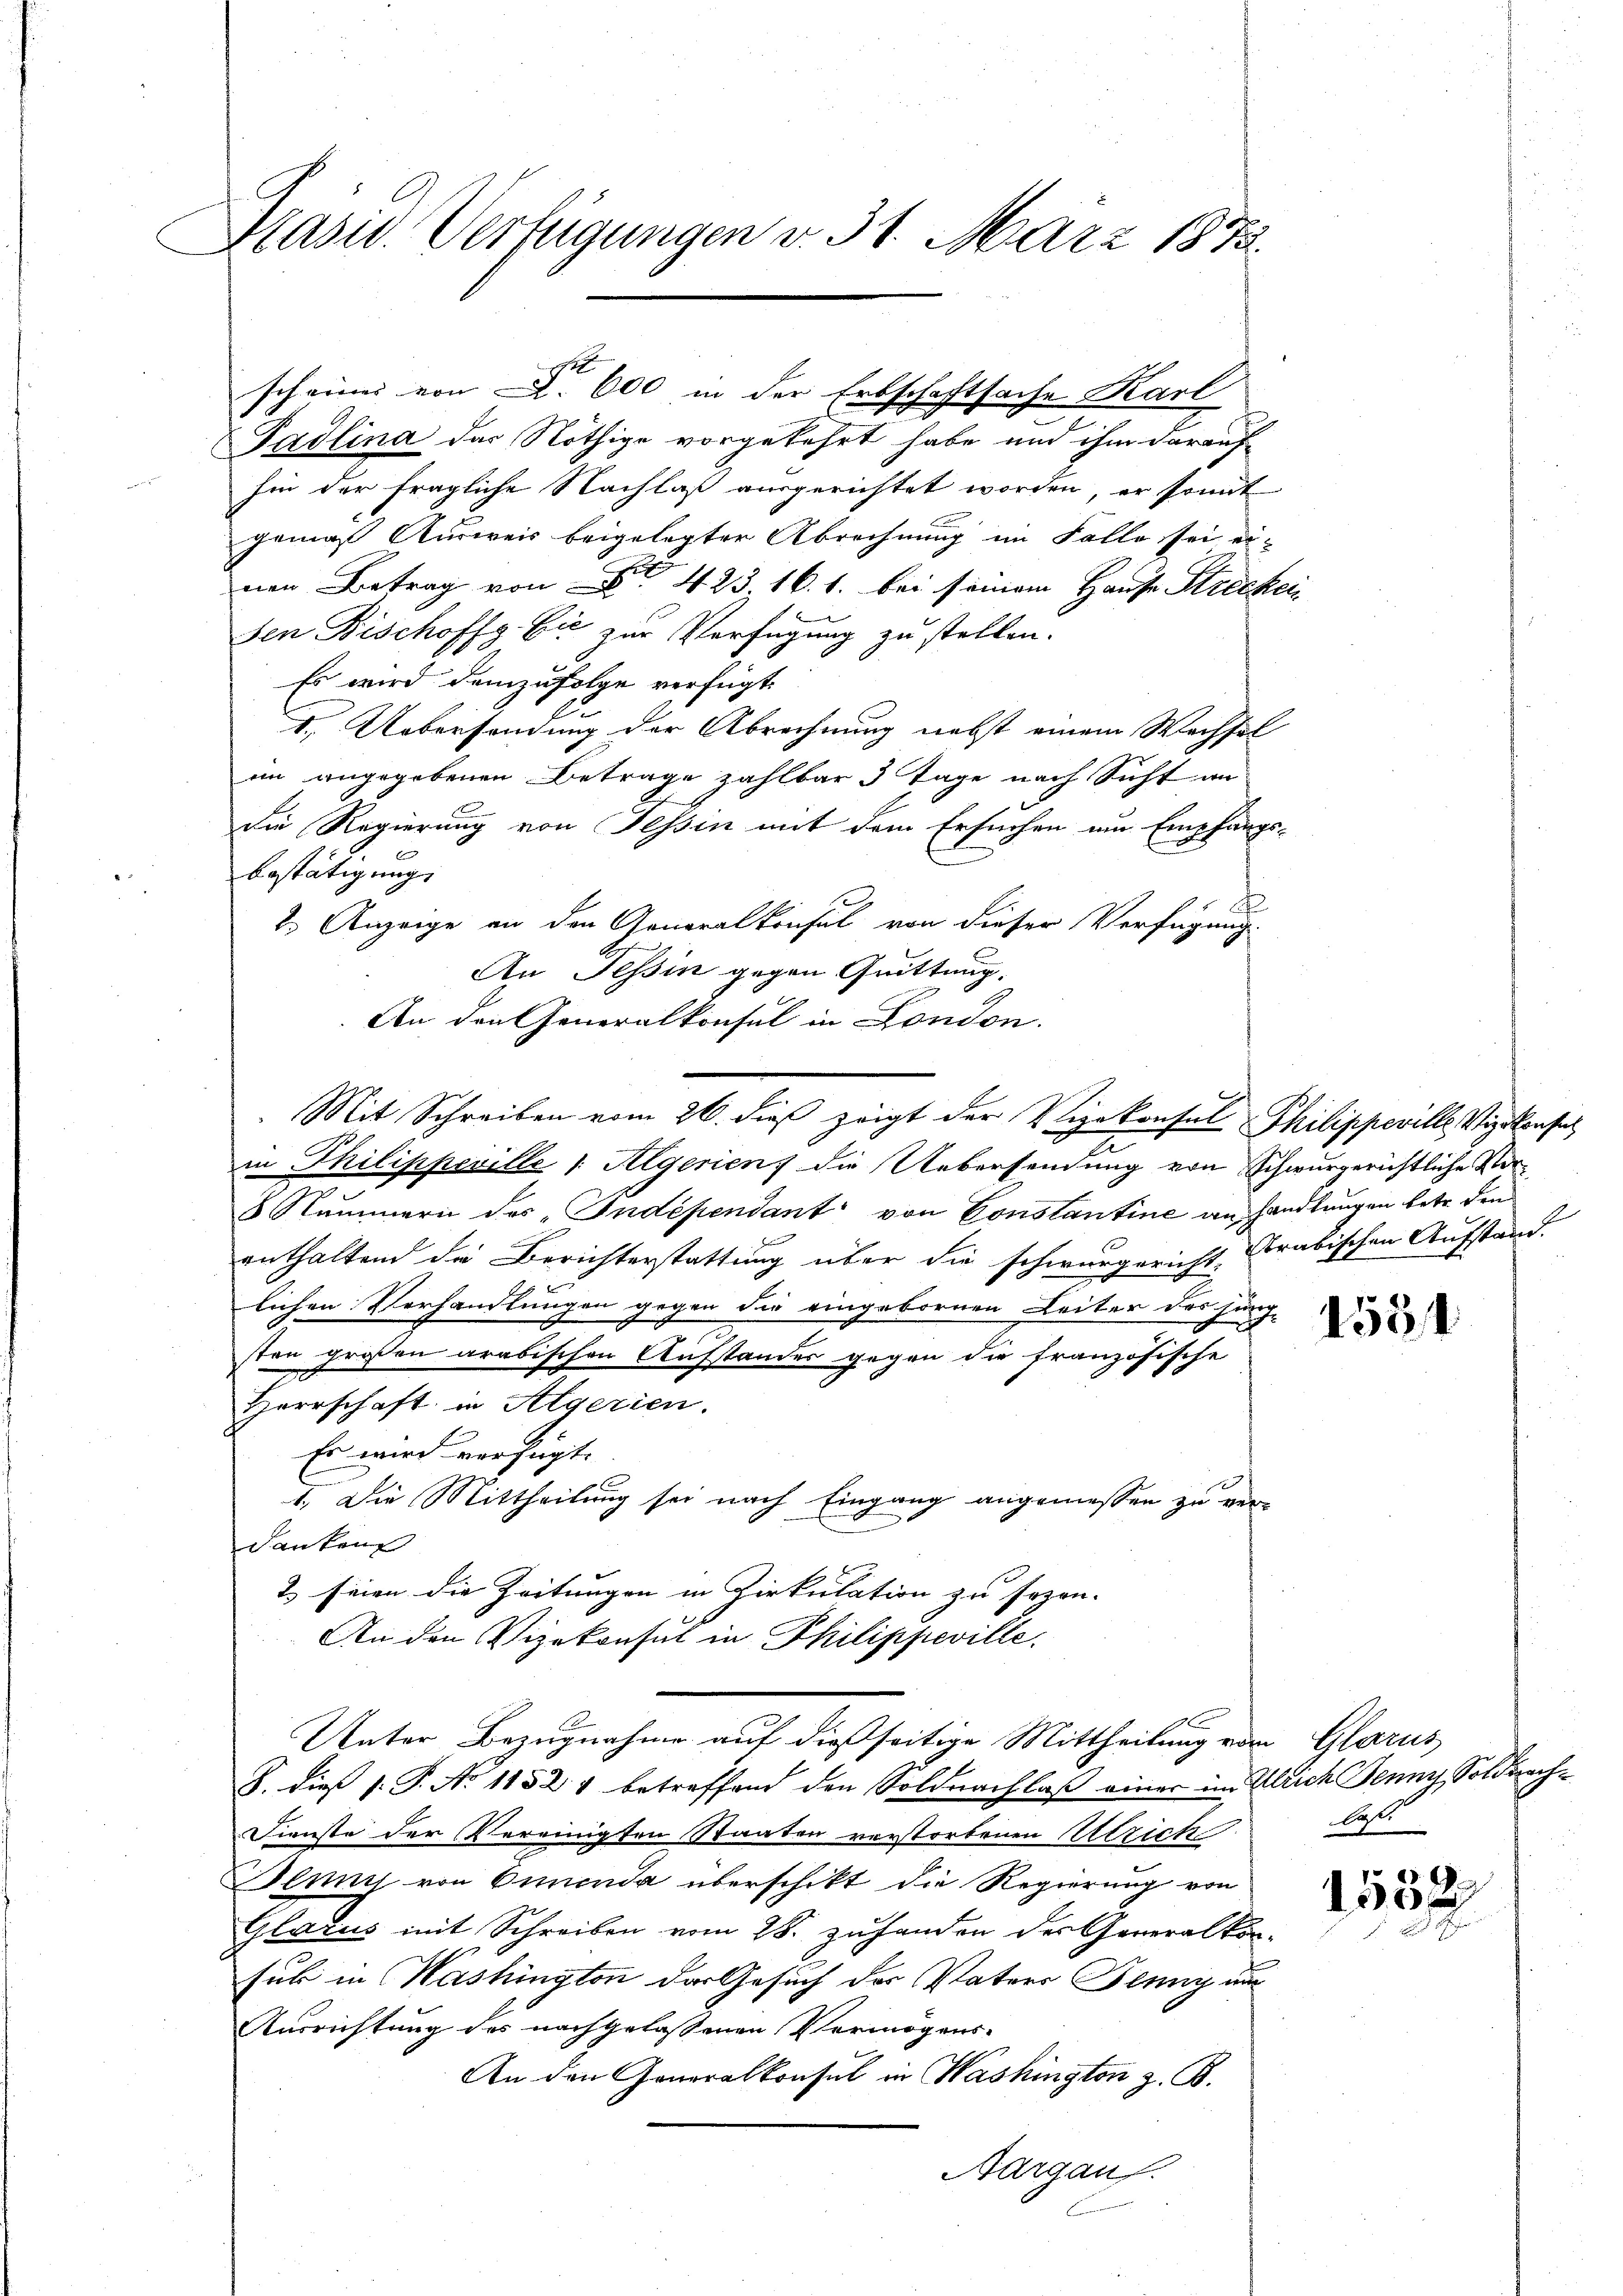
Präsid. Verfügungen v. 31. März 1872.

hin der fragliche Nachlaß ausgerichtet worden, er somit
gemäß Ausweis beigelegter Abrechnung im Falle sei ervon Betrag von 423 16. 1. bei seinem Hause Stricke
u
den Bischoffg. Cić zur Verfügung zu stellen.
Es wird demzufolge verfügt
I. Uebersendung der Abrechnung nebst einem Wachsel
in angegebenen Betrage zahlbar 3 Tage nach Sicht an
Die Regierung von Tessin mit dem Ersuchen um Empfangsbestätigung
F
2. Anzeige an den Generalkonsul von dieser Verfügung.
An Tessin gegen Quittung,
An den Generalkonsul in London.
in Philipperille 1 Algerien die Uebersendung von Schwurgerichtliche Vor¬
8 Nummern des „Indépendant von Constantine an Handlungen betr. den
enthaltend die Berichterstattung über die schwurgericht Arabischen Aufstand.
lichen Vorhandlungen gegen die eingebornen Leiter der junge
sten großen arabischen Ausstandes gegen die französische
Herrschaft in Algerien.
Es wird verfügt.
1. Die Mittheilung sei nach Eingang angemessen zu ver-
danken
& seien die Zeitungen in Zirkulation zu sezen.
An den Vizekonsul in Philippeville.
Unter Bezugnahme auf dießseitige Mittheilung vom Glarus
S. dieß s. P. No 11521 betreffend den Soldnachlaß einer im Allich Jenny, Soldnach¬
Dienste der Vereinigten Staaten verstorbenen Ulrich
Blung von Simenda überschikt die Regierung von
Glarus mit Schreiben vom 28. zuhanden des Generalkonsub in Washington der Gesuch der Vaters Jenny aus
Ausrichtung des nachgelassenen Vermögens-
An den Generalkonsul in Washington z. B.
Aargau.

scheines von . 600 in der Erbschaftsache Karl
Padlina das Nöthige vorgekehrt habe und ihm darauf

Mit Schreiben vom 26. dieß zeigt der Vizekonsul Philippeville Weigensel

laste

2

1532